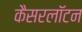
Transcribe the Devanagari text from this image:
कैसरलॉटन